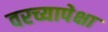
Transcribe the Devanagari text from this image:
वरच्यापेक्षा